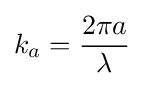
k_{a}={\frac {2\pi a}{\lambda }}